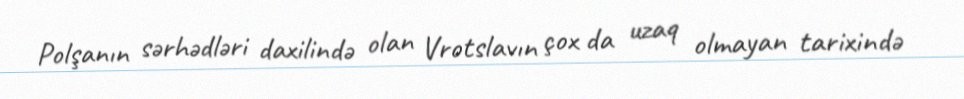
Polşanın sərhədləri daxilində olan Vrotslavın çox da uzaq olmayan tarixində